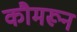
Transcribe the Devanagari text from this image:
कौमरून